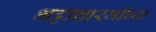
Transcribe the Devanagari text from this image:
भट्टाचारजीच्या